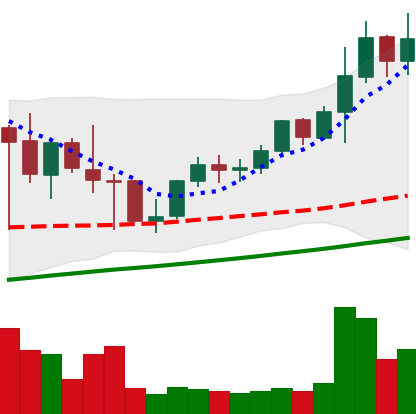
Ticker: LINK-USD
Chart end date: 2021-05-07
Forward return: -16.786%
Label: down_7plus